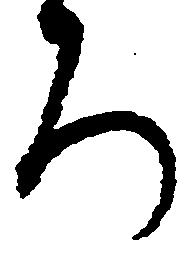
ろ